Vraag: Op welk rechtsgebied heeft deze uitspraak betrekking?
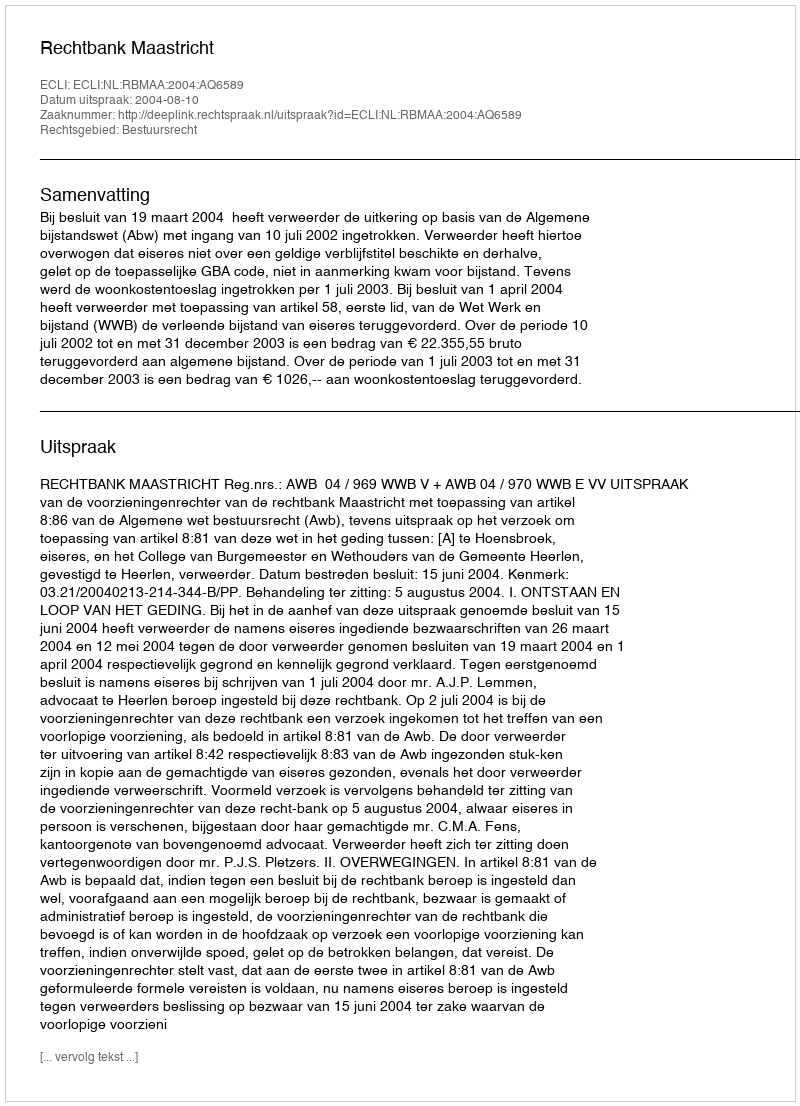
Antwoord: Bestuursrecht